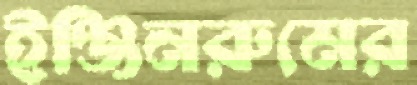
ইঞ্জিনরুমের